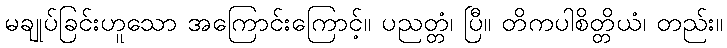
မချုပ်ခြင်းဟူသော အကြောင်းကြောင့်။ ပညတ္တံ၊ ပြီ။ တိကပါစိတ္တိယံ၊ တည်း။